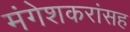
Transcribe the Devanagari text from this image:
मंगेशकरांसह